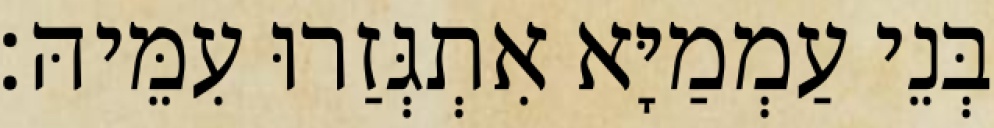
בְּנֵי עַמְמַיָּא אִתְגְּזַרוּ עִמֵּיהּ׃